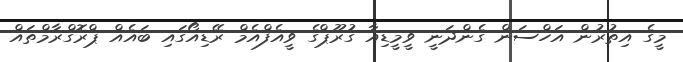
މީގެ އިތުރުން އަހްސަން ގެންދަނީ ވީމީޑިއާ ގުރޫޕްގެ ވީއެފްއެމް ރޭޑިއޯގައި ބައެއް ޕްރޮގްރާމްތައް